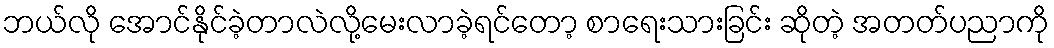
ဘယ်လို အောင်နိုင်ခဲ့တာလဲလို့မေးလာခဲ့ရင်တော့ စာရေးသားခြင်း ဆိုတဲ့ အတတ်ပညာကို